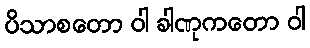
ပိသာစတော ဝါ ခါဏုကတော ဝါ